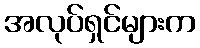
အလုပ်ရှင်များက